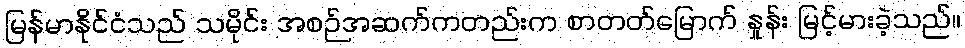
မြန်မာနိုင်ငံသည် သမိုင်း အစဉ်အဆက်ကတည်းက စာတတ်မြောက် နှုန်း မြင့်မားခဲ့သည်။